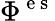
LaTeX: \Phi^{\mathrm{~e~s~}}